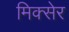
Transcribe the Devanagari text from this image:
मिक्सेर